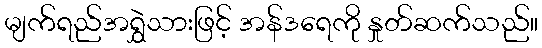
မျက်ရည်အရွှဲသားဖြင့် အန်ဒရေကို နှုတ်ဆက်သည်။